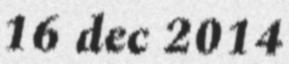
16 dec 2014